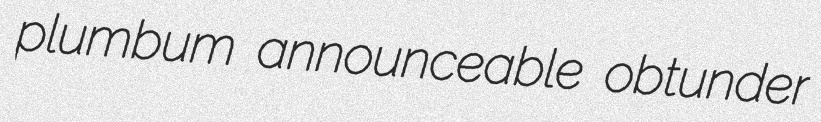
plumbum announceable obtunder